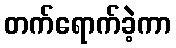
တက်ရောက်ခဲ့ကာ